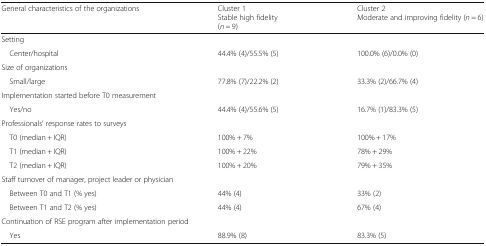
<table><thead><tr><td><b>General characteristics of the organizations</b></td><td><b>Cluster 1Stable high fidelity(<i>n</i> = 9)</b></td><td><b>Cluster 2Moderate and improving fidelity (<i>n</i> = 6)</b></td></tr></thead><tbody><tr><td colspan="3">Setting</td></tr><tr><td> Center/hospital</td><td>44.4% (4)/55.5% (5)</td><td>100.0% (6)/0.0% (0)</td></tr><tr><td colspan="3">Size of organizations</td></tr><tr><td> Small/large</td><td>77.8% (7)/22.2% (2)</td><td>33.3% (2)/66.7% (4)</td></tr><tr><td colspan="3">Implementation started before T0 measurement</td></tr><tr><td> Yes/no</td><td>44.4% (4)/55.6% (5)</td><td>16.7% (1)/83.3% (5)</td></tr><tr><td colspan="3">Professionals’ response rates to surveys</td></tr><tr><td> T0 (median + IQR)</td><td>100% + 7%</td><td>100% + 17%</td></tr><tr><td> T1 (median + IQR)</td><td>100% + 22%</td><td>78% + 29%</td></tr><tr><td> T2 (median + IQR)</td><td>100% + 20%</td><td>79% + 35%</td></tr><tr><td colspan="3">Staff turnover of manager, project leader or physician</td></tr><tr><td> Between T0 and T1 (% yes)</td><td>44% (4)</td><td>33% (2)</td></tr><tr><td> Between T1 and T2 (% yes)</td><td>44% (4)</td><td>67% (4)</td></tr><tr><td colspan="3">Continuation of RSE program after implementation period</td></tr><tr><td> Yes</td><td>88.9% (8)</td><td>83.3% (5)</td></tr></tbody></table>